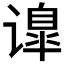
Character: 𰶅